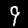
Digit: 9